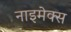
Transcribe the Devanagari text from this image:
नाइमेक्स